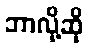
ဘာလို့ဆို